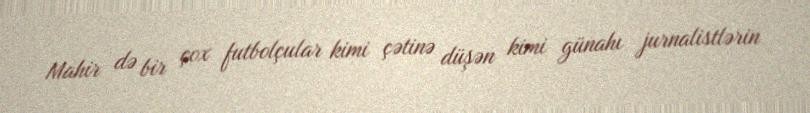
Mahir də bir çox futbolçular kimi çətinə düşən kimi günahı jurnalistlərin